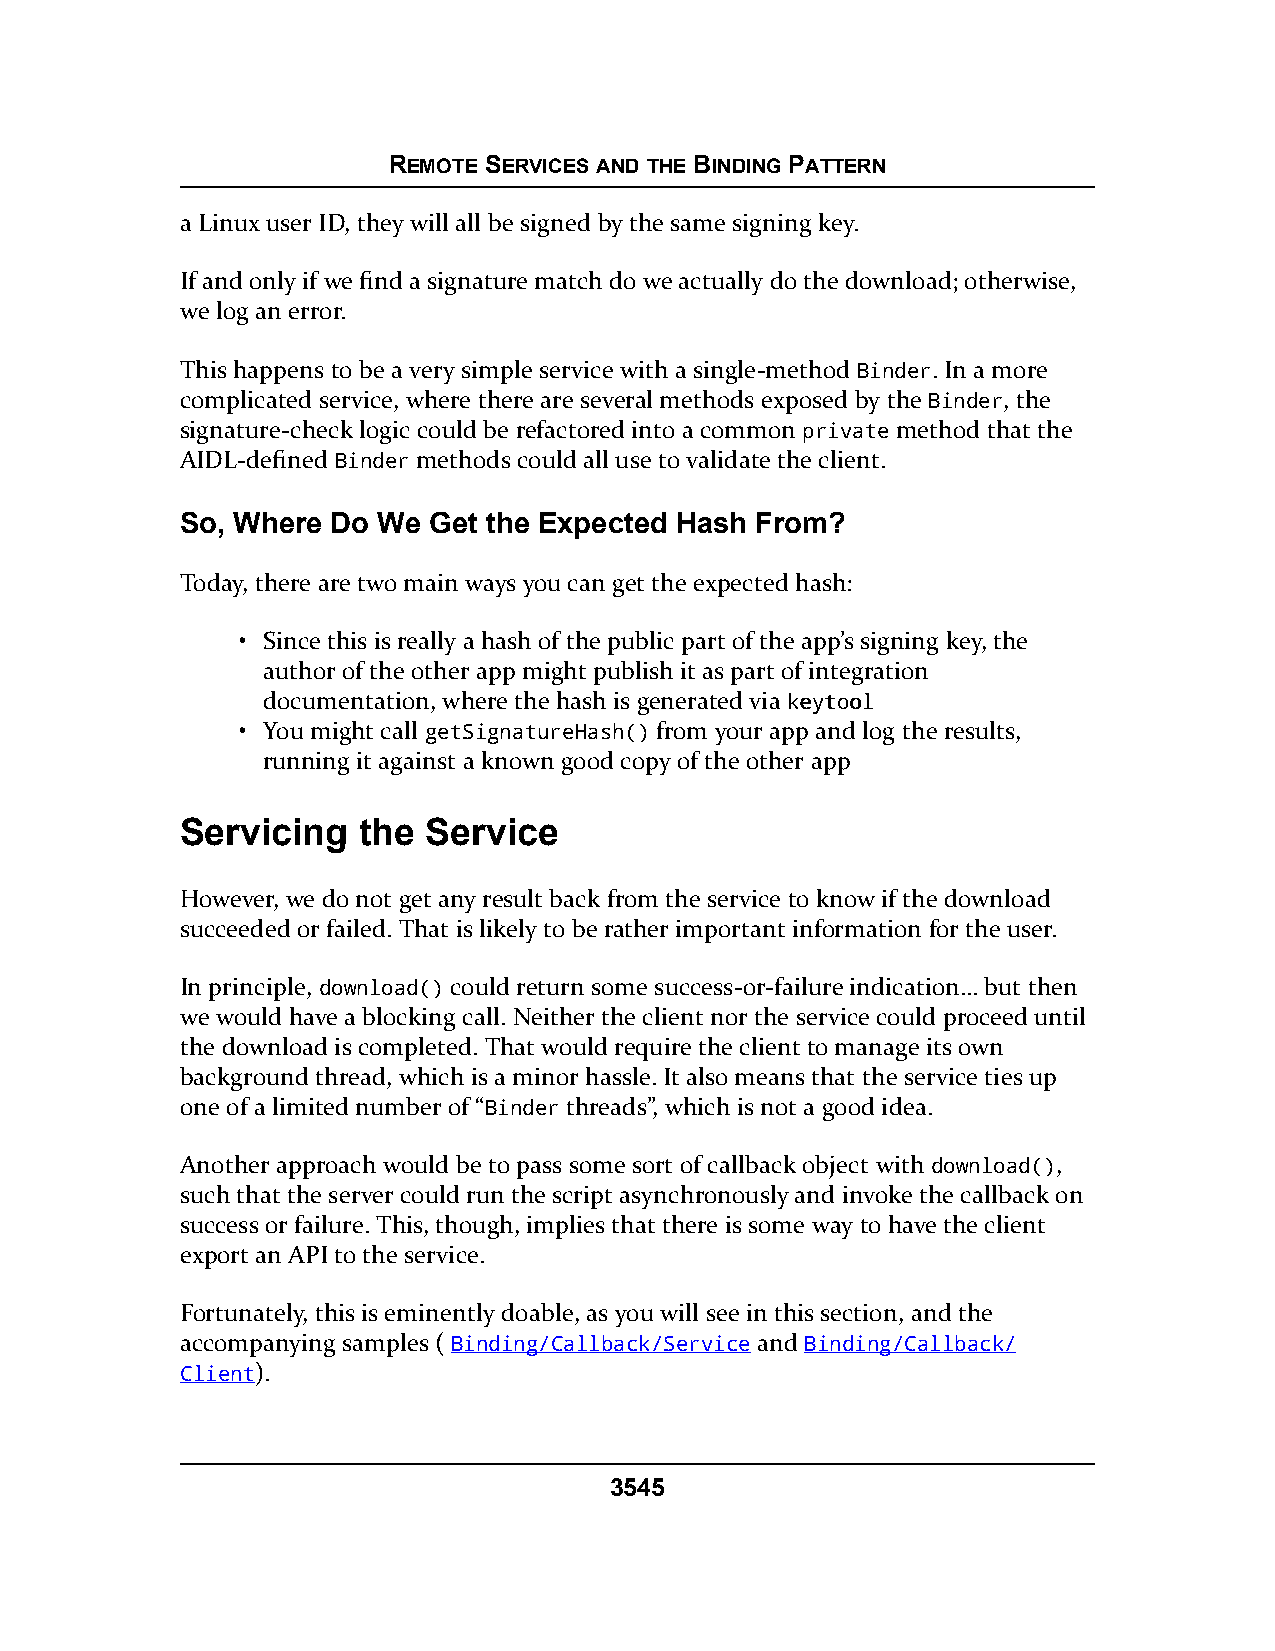
REMOTE SERVICES AND THE BINDING PATTERN
 a Linux user ID, they will all be signed by the same signing key.
 If and only if we find a signature match do we actually do the download; otherwise,
 we log an error.
 This happens to be a very simple service with a single-method Binder. In a more
 complicated service, where there are several methods exposed by the Binder, the
 signature-check logic could be refactored into a common private method that the
 AIDL-defined Binder methods could all use to validate the client.
 So, Where Do We Get the Expected Hash From?
 Today, there are two main ways you can get the expected hash:
 • Since this is really a hash of the public part of the app’s signing key, the
 author of the other app might publish it as part of integration
 documentation, where the hash is generated via kkeeyyttooooll
 • You might call getSignatureHash() from your app and log the results,
 running it against a known good copy of the other app
 Servicing   the Service
 However, we do not get any result back from the service to know if the download
 succeeded or failed. That is likely to be rather important information for the user.
 In principle, download() could return some success-or-failure indication… but then
 we would have a blocking call. Neither the client nor the service could proceed until
 the download is completed. That would require the client to manage its own
 background thread, which is a minor hassle. It also means that the service ties up
 one of a limited number of “Binder threads”, which is not a good idea.
 Another approach would be to pass some sort of callback object with download(),
 such that the server could run the script asynchronously and invoke the callback on
 success or failure. This, though, implies that there is some way to have the client
 export an API to the service.
 Fortunately, this is eminently doable, as you will see in this section, and the
 accompanying samples ( Binding/Callback/Service and Binding/Callback/
 Client).
 3545